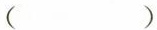
( )